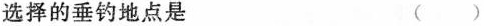
选择的垂钓地点是 ( )